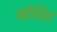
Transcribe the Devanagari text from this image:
खोलित